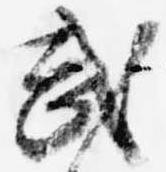
武